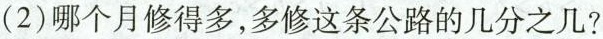
(2)哪个月修得多，多修这条公路的几分之几?